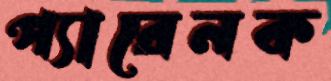
প্যারেনক